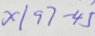
x \vert 9 7 - 4 5